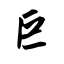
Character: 巨